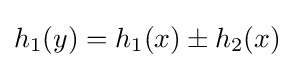
h_{1}(y)=h_{1}(x)\pm h_{2}(x)